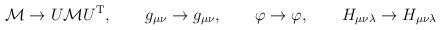
LaTeX: \begin{align*}{\cal{M}} \rightarrow U {\cal{M}} U^{\rm T} , \qquad g_{\mu\nu} \rightarrow g_{\mu\nu} , \qquad \varphi \rightarrow \varphi , \qquad H_{\mu\nu\lambda} \rightarrow H_{\mu\nu\lambda}\end{align*}